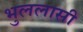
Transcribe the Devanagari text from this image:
भुललासी